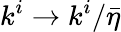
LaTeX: k^{i}\to k^{i}/\bar{\eta}